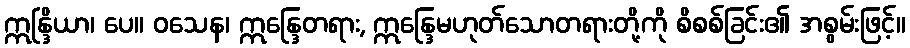
ဣန္ဒြိယာ၊ ပေ။ ဝသေန၊ ဣန္ဒြေတရား, ဣန္ဒြေမဟုတ်သောတရားတို့ကို စိစစ်ခြင်း၏ အစွမ်းဖြင့်။